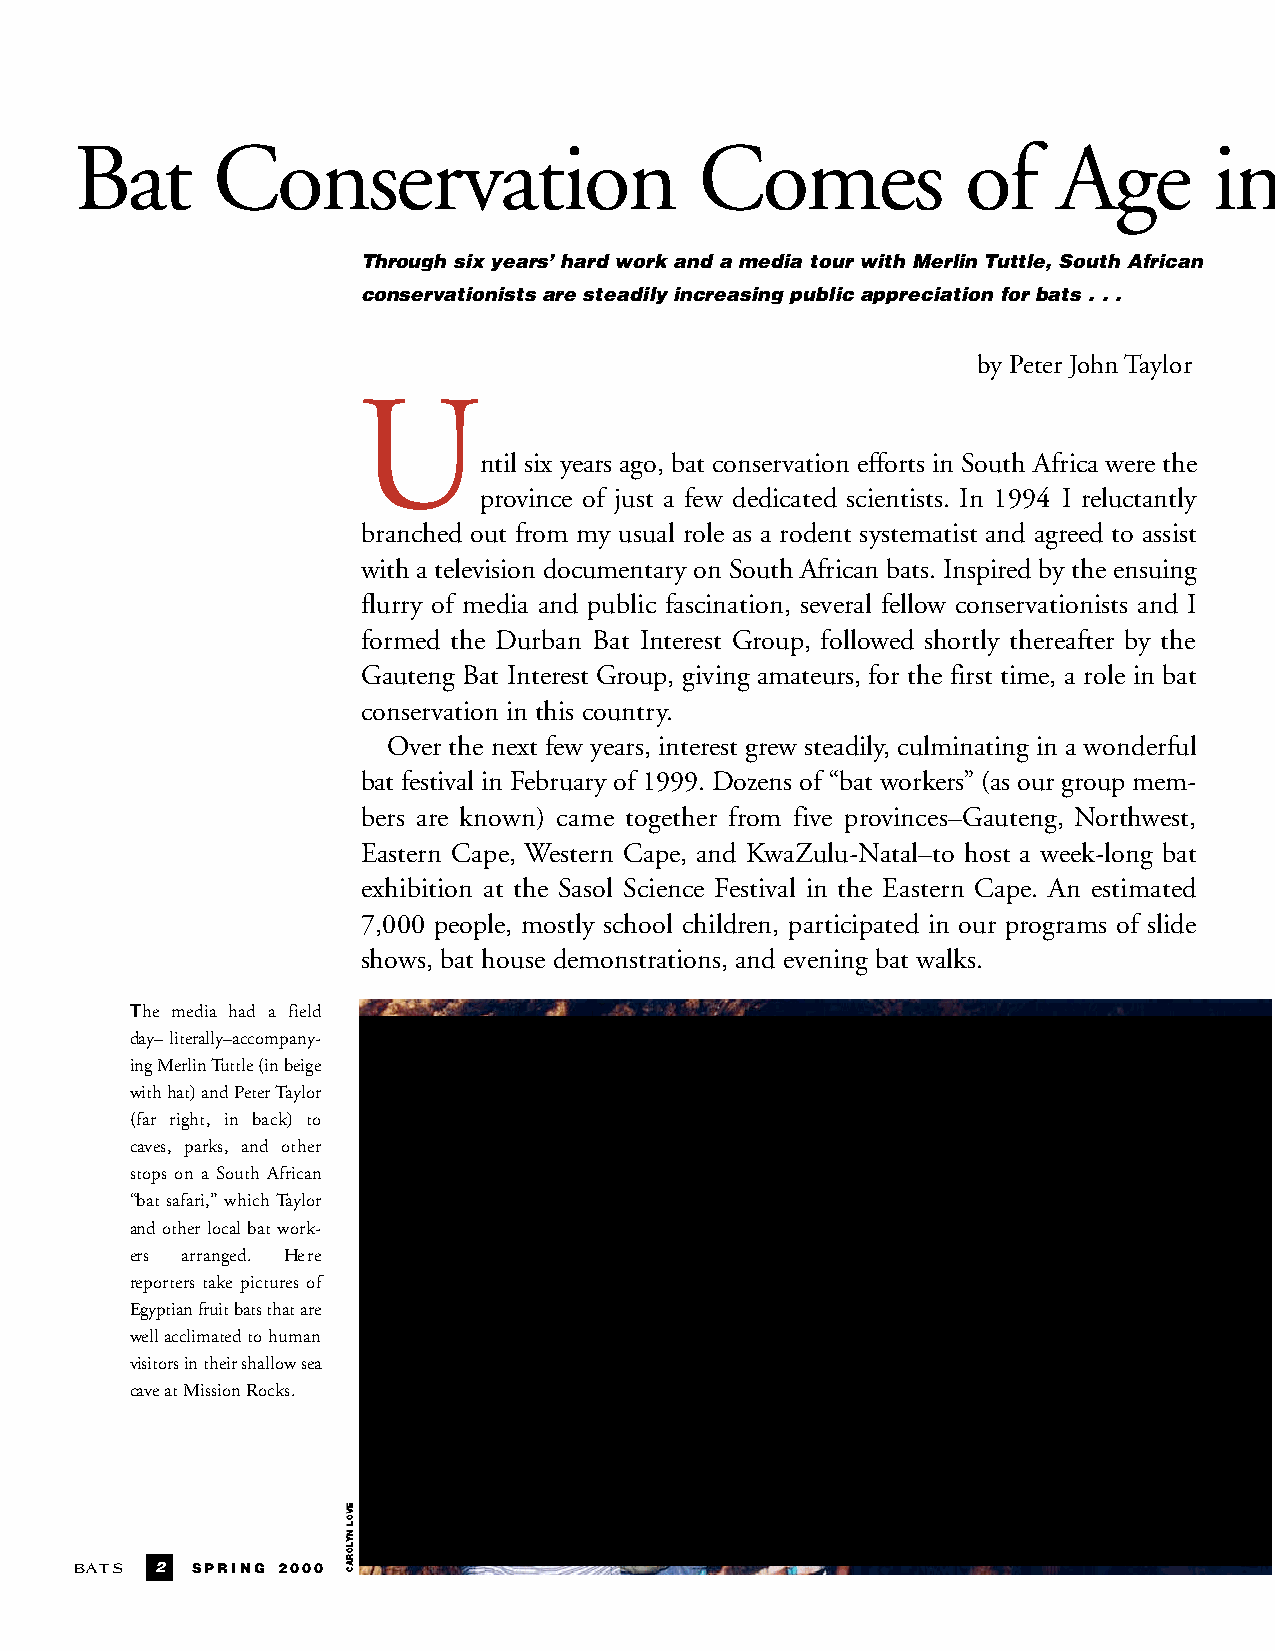
Bat      Conservation                    Comes             of    Age       in
 Through six years’ hard work and a media tour with Merlin Tuttle, South African
 conservationists are steadily increasing public appreciation for bats . . .
 by Peter JohnTaylor
 U
 ntil six years ago, bat conservation efforts in South Africa were the
 province of just a few dedicated scientists. In 1994 I reluctantly
 branched out from my usual role as a rodent systematist and agreed to assist
 with a television documentary on South African bats. Inspired by the ensuing
 flurry of media and public fascination, several fellow conservationists and I
 formed the Durban Bat Interest Group, followed shortly thereafter by the
 Gauteng Bat Interest Group, giving amateurs, for the first time, a role in bat
 conservation in this country.
 Over the next few years, interest grew steadily, culminating in a wonderful
 bat festival in February of 1999. Dozens of “bat workers” (as our group mem-
 bers are known) came together from five provinces–Gauteng, Northwest,
 Eastern Cape, Western Cape, and KwaZulu-Natal–to host a week-long bat
 exhibition at the Sasol Science Festival in the Eastern Cape. An estimated
 7,000 people, mostly school children, participated in our programs of slide
 shows, bat house demonstrations, and evening bat walks.
 The media had a field
 day–literally–accompany-
 ingMerlinTuttle(inbeige
 withhat)andPeterTaylor
 (far right, in back) to
 c a ves, parks, and other
 stops on a South African
 “bat safari,” whichTaylor
 and other local bat work-
 ers arranged. He re
 reporters take pictures of
 Egyptian fruit bats that are
 wellacclimatedtohuman
 visitors in their shallow sea
 caveatMissionRocks.
 B AT S 2 SPRING 2000